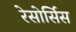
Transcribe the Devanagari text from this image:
रेसोर्सिस